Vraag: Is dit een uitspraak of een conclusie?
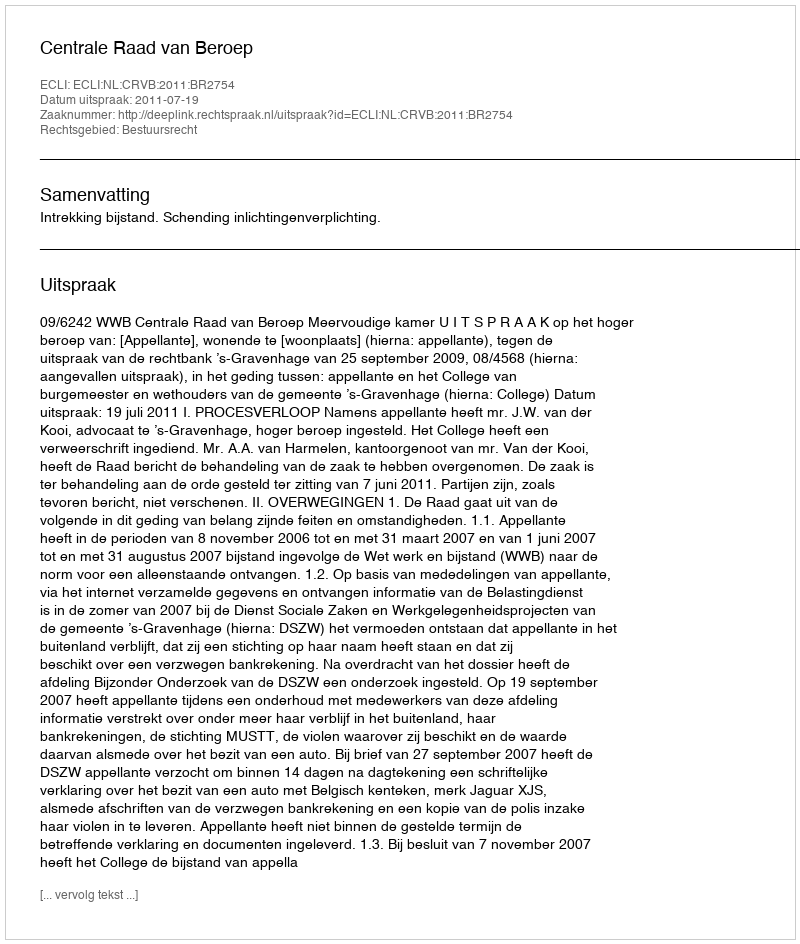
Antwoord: Uitspraak